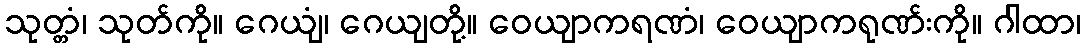
သုတ္တံ၊ သုတ်ကို။ ဂေယျံ၊ ဂေယျတို့။ ဝေယျာကရဏံ၊ ဝေယျာကရုဏ်းကို။ ဂါထာ၊